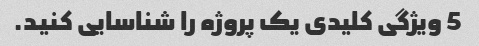
5 ویژگی کلیدی یک پروژه را شناسایی کنید.